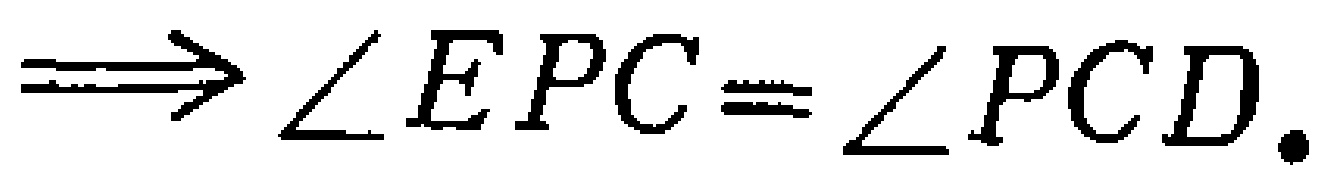
$\Longrightarrow\angle EPC=\angle PCD.$